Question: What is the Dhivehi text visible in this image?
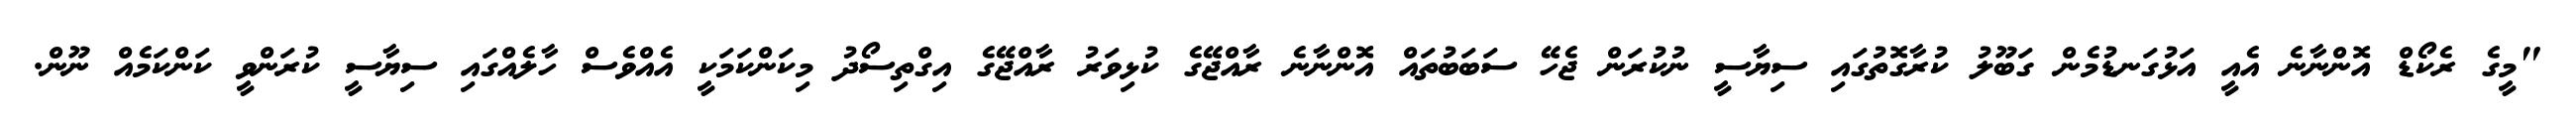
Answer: "މީގެ ރެކޯޑް އޮންނާނެ އެއީ އަޅުގަނޑުމެން ގަބޫލު ކުރާގޮތުގައި ސިޔާސީ ނުކުރަން ޖެހޭ ސަބަބުތައް އޮންނާނެ ރާއްޖޭގެ ކުޅިވަރު ރާއްޖޭގެ އިގްތިސޯދު މިކަންކަމަކީ އެއްވެސް ހާލެއްގައި ސިޔާސީ ކުރަންވީ ކަންކަމެއް ނޫން.